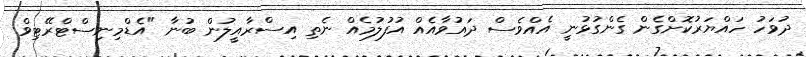
ދުވަހު ހައްޔަރުކޮށްގެން ގެންގުޅުނީ އެއްވެސް ދައުވާއެއް އުފުލުމެއް ނެތި އިސްރާއީލުން ބުނާ "އެޑްމިނިސްޓްރޭޓިވް